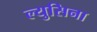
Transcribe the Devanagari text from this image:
ल्युसिना